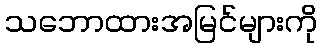
သဘောထားအမြင်များကို